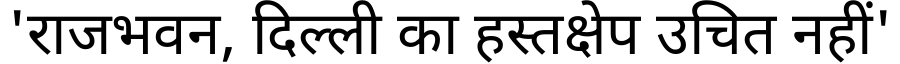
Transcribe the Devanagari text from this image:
'राजभवन, दिल्ली का हस्तक्षेप उचित नहीं'